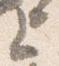
上